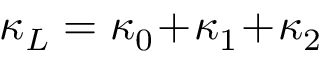
\kappa _ { L } = \kappa _ { 0 } \! + \! \kappa _ { 1 } \! + \! \kappa _ { 2 }